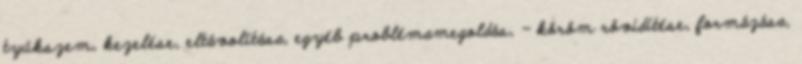
tyúkszem, kezelése, eltávolítása, egyéb problémamegoldás, - köröm rövidítése, formázása,